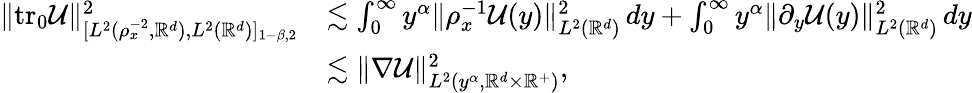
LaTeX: \begin{array}{rl}{\| \mathrm{tr_{0}}\mathcal{U}\| _{[L^{2}(\rho_{x}^{-2},\mathbb{R}^{d}),L^{2}(\mathbb{R}^{d})]_{1-\beta,2}}^{2}}&{\lesssim\int_{0}^{\infty}{y^{\alpha}\| \rho_{x}^{-1}\mathcal{U}(y)\| _{L^{2}(\mathbb{R}^{d})}^{2}\, dy}+\int_{0}^{\infty}{y^{\alpha}\| \partial_{y}\mathcal{U}(y)\| _{L^{2}(\mathbb{R}^{d})}^{2}\, dy}}\\ &{\lesssim\| \nabla\mathcal{U}\| _{L^{2}(y^{\alpha},\mathbb{R}^{d}\times\mathbb{R}^{+})}^{2},}\end{array}